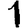
Digit: 1